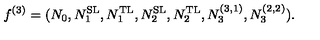
f ^ { ( 3 ) } = ( N _ { 0 } , N _ { 1 } ^ { \mathrm { S L } } , N _ { 1 } ^ { \mathrm { T L } } , N _ { 2 } ^ { \mathrm { S L } } , N _ { 2 } ^ { \mathrm { T L } } , N _ { 3 } ^ { ( 3 , 1 ) } , N _ { 3 } ^ { ( 2 , 2 ) } ) .